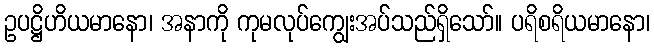
ဥပဋ္ဌိဟိယမာနော၊ အနာကို ကုမလုပ်ကျွေးအပ်သည်ရှိသော်။ ပရိစရိယမာနော၊